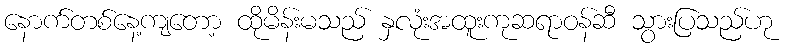
နောက်တစ်နေ့ကျတော့ ထိုမိန်းမသည် နှလုံးအထူးကုဆရာဝန်ဆီ သွားပြသည်ဟု